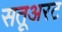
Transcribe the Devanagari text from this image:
सतूअरट